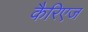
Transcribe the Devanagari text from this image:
कैरिएज